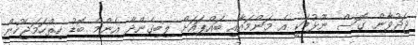
ޖަދުވާން ގޮސް ނޫޅުމަކީ އެ މަންމައާއި ބައްޕައަށް ލިބިގެންދާ އެންމެ ބޮޑު ހިތްހަމަޖެހުން